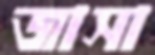
জাসা